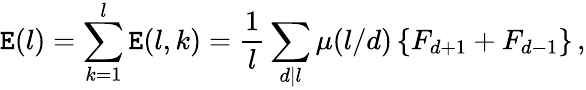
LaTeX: \mathtt{E}(l)=\sum_{k=1}^{l}\mathtt{E}(l,k)=\frac{{1}}{{l}}\sum_{d|l}\mu(l/d)\left\{ F_{d+1}+F_{d-1}\right\} \, ,